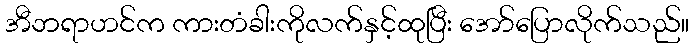
အီဘရာဟင်က ကားတံခါးကိုလက်နှင့်ထုပြီး အော်ပြောလိုက်သည်။